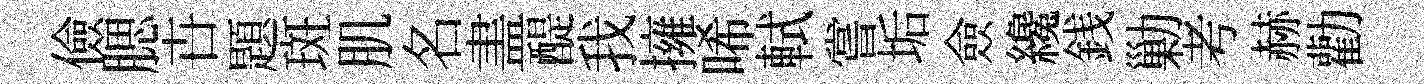
儉腮卋題斑肌名𥁞醍我擁唏軾嘗垢僉纔銭勦考赫勸